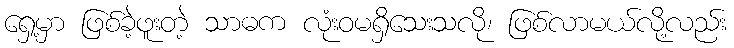
ရှေ့မှာ ဖြစ်ခဲ့ဖူးတဲ့ သာဓက လုံးဝမရှိသေးသလို၊ ဖြစ်လာမယ်လို့လည်း